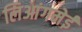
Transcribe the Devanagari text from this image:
लिआंगमेई